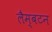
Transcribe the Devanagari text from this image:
लैम्बटन